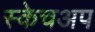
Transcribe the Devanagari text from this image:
स्केचअप